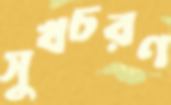
সুখচরণ